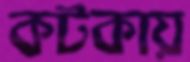
কটকায়